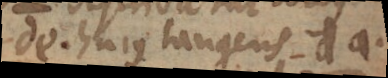
de hujus tangens da